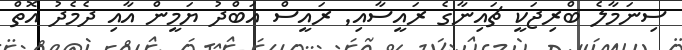
ސިނަމާލެ ބްރިޖަކީ ޗައިނާގެ ރައީސާއި